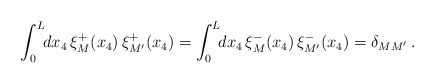
\begin{align*}\int_0^L \!\! dx_4\,\xi_M^+(x_4)\,\xi_{M'}^+(x_4) = \int_0^L \!\! dx_4\,\xi_M^-(x_4)\,\xi_{M'}^-(x_4) = \delta_{MM'} \,. \end{align*}